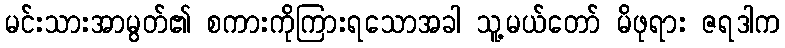
မင်းသားအာမွတ်၏ စကားကိုကြားရသောအခါ သူ့မယ်တော် မိဖုရား ဇရဒါက